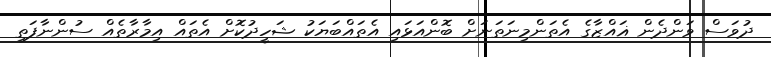
ދުވަސް ވަންދެން ޣައްޒާގެ އެތަންމިނަތަނަށް ބޮންއަޅައި އެތައްބަޔަކު ޝަހީދުކޮށް އެތައް އިމާރާތެއް ސުންނާފަތި